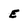
Character: e